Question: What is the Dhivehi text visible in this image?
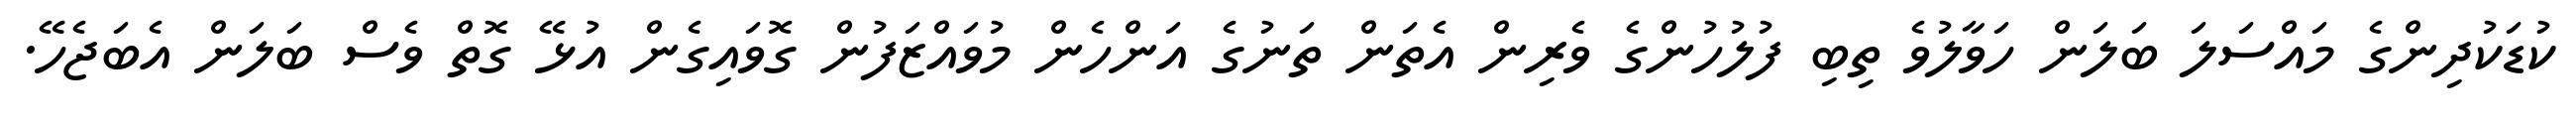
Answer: ކުޑަކުދިންގެ މައްސަލަ ބަލަން ހަވާލުވެ ތިބި ފުލުހުންގެ ވެރިން އެތަން ތަނުގެ އަންހެން މުވައްޒަފުން ގޮވައިގެން އުޅޭ ގޮތް ވެސް ބަލަން އެބަޖެހޭ.